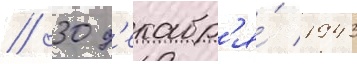
// 30 д'екабр'я́ 1943